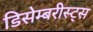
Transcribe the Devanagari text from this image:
डिसेम्बरीस्ट्स